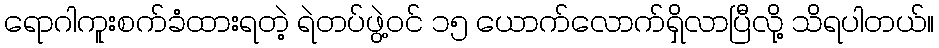
ရောဂါကူးစက်ခံထားရတဲ့ ရဲတပ်ဖွဲ့ဝင် ၁၅ ယောက်လောက်ရှိလာပြီလို့ သိရပါတယ်။